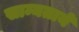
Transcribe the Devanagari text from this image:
साम्यताये